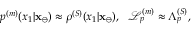
p ^ { ( m ) } ( x _ { 1 } | \mathbf { x } _ { \ominus } ) \approx \rho ^ { ( S ) } ( x _ { 1 } | \mathbf { x } _ { \ominus } ) , \ \ \mathcal { L } _ { p } ^ { ( m ) } \approx \Lambda _ { p } ^ { ( S ) } ,